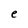
Character: e